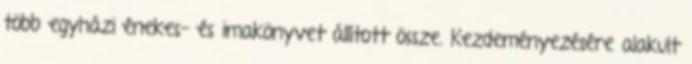
több egyházi énekes- és imakönyvet állított össze. Kezdeményezésére alakult